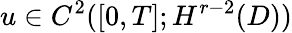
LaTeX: u\in C^{2}([0,T];H^{r-2}(D))